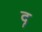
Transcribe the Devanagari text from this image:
दृ